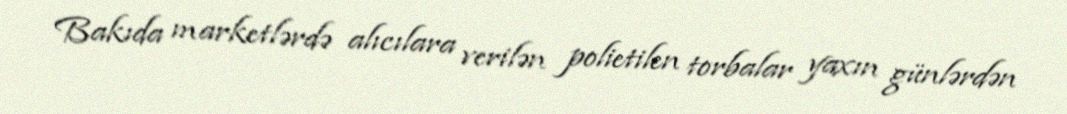
Bakıda marketlərdə alıcılara verilən polietilen torbalar yaxın günlərdən